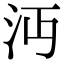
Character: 沔